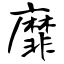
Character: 靡